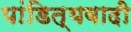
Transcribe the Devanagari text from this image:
पांडित्यवादी